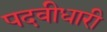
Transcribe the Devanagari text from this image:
पदवीधारी